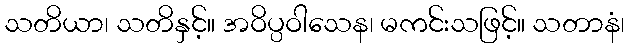
သတိယာ၊ သတိနှင့်။ အဝိပ္ပဝါသေန၊ မကင်းသဖြင့်။ သတာနံ၊